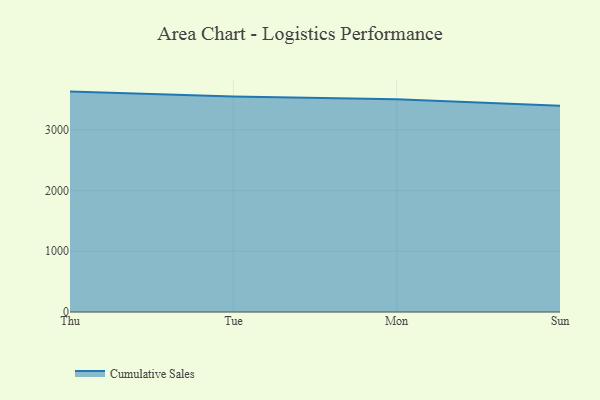
{"axis": {"x": "Day", "y": "Tickets Resolved"}, "legend": ["Cumulative Sales"], "data": [{"x": "Thu", "y": 3627.5, "type": "Cumulative Sales"}, {"x": "Tue", "y": 3548.1, "type": "Cumulative Sales"}, {"x": "Mon", "y": 3503.0, "type": "Cumulative Sales"}, {"x": "Sun", "y": 3395.0, "type": "Cumulative Sales"}]}